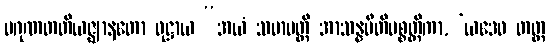
ပဂုဏတတိယဇ္ဈာနတော ဝုဋ္ဌာယ “အယံ သမာပတ္တိ အာသန္နပီတိပစ္စတ္ထိကာ, ‘ယဒေဝ တတ္ထ